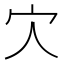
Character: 𡦼